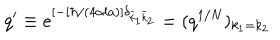
q ^ { \prime } \equiv e ^ { [ - i \hbar / ( 4 \alpha l a ) ] \delta _ { \bar { k } _ { 1 } \bar { k } _ { 2 } } } = ( q ^ { 1 / N } ) _ { k _ { 1 } = k _ { 2 } }